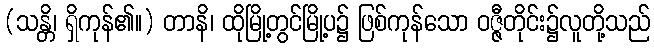
(သန္တိ၊ ရှိကုန်၏။) တာနိ၊ ထိုမြို့တွင်မြို့ပ၌ ဖြစ်ကုန်သော ဝဇ္ဇီတိုင်း၌လူတို့သည်